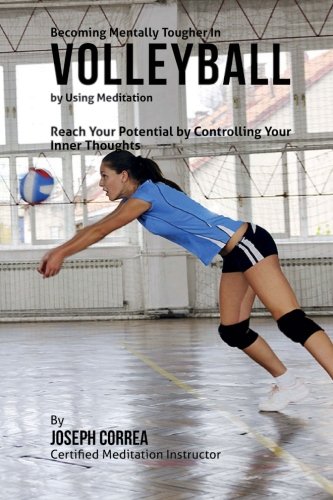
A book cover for Becoming Mentally Tougher In Volleyball by Using Meditation: Reach Your Potential by Controlling Your Inner Thoughts; Joseph Correa (Certified Meditation Instructor); Sports & Outdoors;